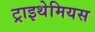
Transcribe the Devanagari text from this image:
ट्राइथेमियस